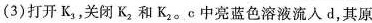
(3)打开K_{3}，关闭K_{2}和K_{2}。c中亮蓝色溶液流入d，其原